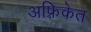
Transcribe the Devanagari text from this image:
अफ़्रिकेत